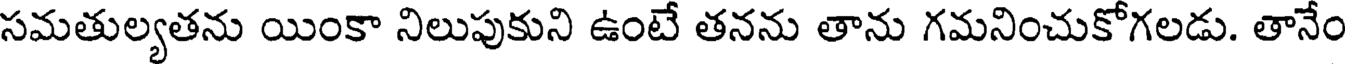
సమతుల్యతను యింకా నిలుపుకుని ఉంటే తనను తాను గమనించుకోగలడు. తానేం